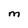
Character: M